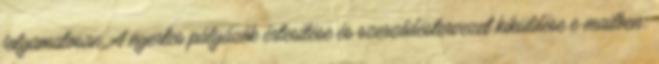
folyamatosan. A nyertes pályázók értesítése és szerződéstervezet kiküldése e-mailben: